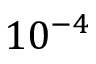
1 0 ^ { - 4 }